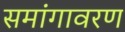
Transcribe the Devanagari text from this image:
समांगावरण